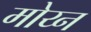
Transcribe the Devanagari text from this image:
मोय्न